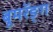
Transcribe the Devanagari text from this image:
बूमरॅङ्ग